Scottish Certificate of Education, 1963
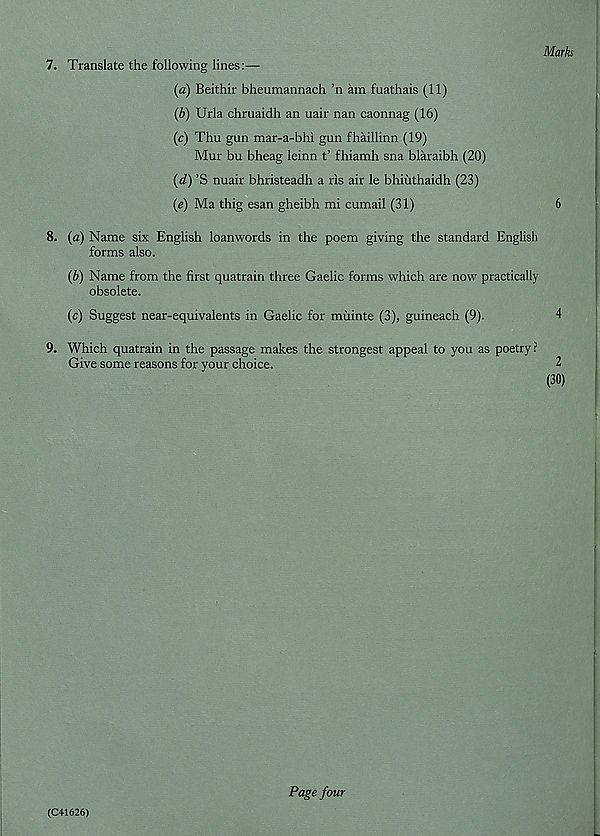
Marks
7. Translate the following lines:—
(a) Beithir bheumannach ’n am fuathais (11)
(b) Urla chruaidh an uair nan caonnag (16)
(c) Thu gun mar-a-bhi gun fhaillinn (19)
Mur bu bheag leinn t’ fhiamh sna blaraibh (20)
(d)
’S> n
(e) Ma thig esan gheibh mi cumail (31)
6
8. (a) Name six English loanwords in the poem giving the standard English
forms also.
(b) Name from the first quatrain three Gaelic forms which are now practically
obsolete.
(c) Suggest near-equivalents in Gaelic for miiinte (3), guineach (9).
4
9. Which quatrain in the passage makes the strongest appeal to you as poetry ?
Give some reasons for your choice.
2
(30)
(C41626)
Page four